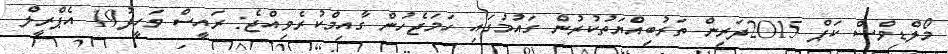
މޯލްޑިވްސް ކަޕް 2015ދަރިން ތަރުބިއްޔަތުކުރުން ގައުމުގައި ހަމަޖެހުން ގާއިމްކުރެވިއްޖެ: ރައީސް ވަހީދު19 އެޕްރީލް